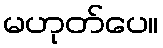
မဟုတ်ပေ။